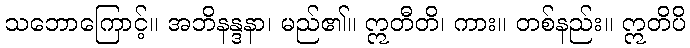
သဘောကြောင့်။ အဘိနန္ဒနာ၊ မည်၏။ ဣတီတိ၊ ကား။ တစ်နည်း။ ဣတိပိ